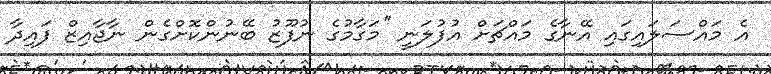
އެ މައްސަލައިގައި އޭނާގެ މައްޗަށް އުފުލަނީ ''މަގާމުގެ ނުފޫޒު ބޭނުންކޮށްގެން ނާޖާއިޒް ފައިދާ